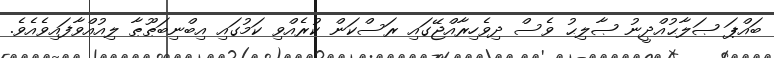
ބައްޕަ ޞަލާޙުއްދީނު ޞާލިޙު ވެސް ދިވެހިރާއްޖޭގައި ރަސްކަން ކުރެއްވި ކަމުގައި އިބްނިބަޠޫޠާ ލިއުއްވާފައިވެއެވެ.